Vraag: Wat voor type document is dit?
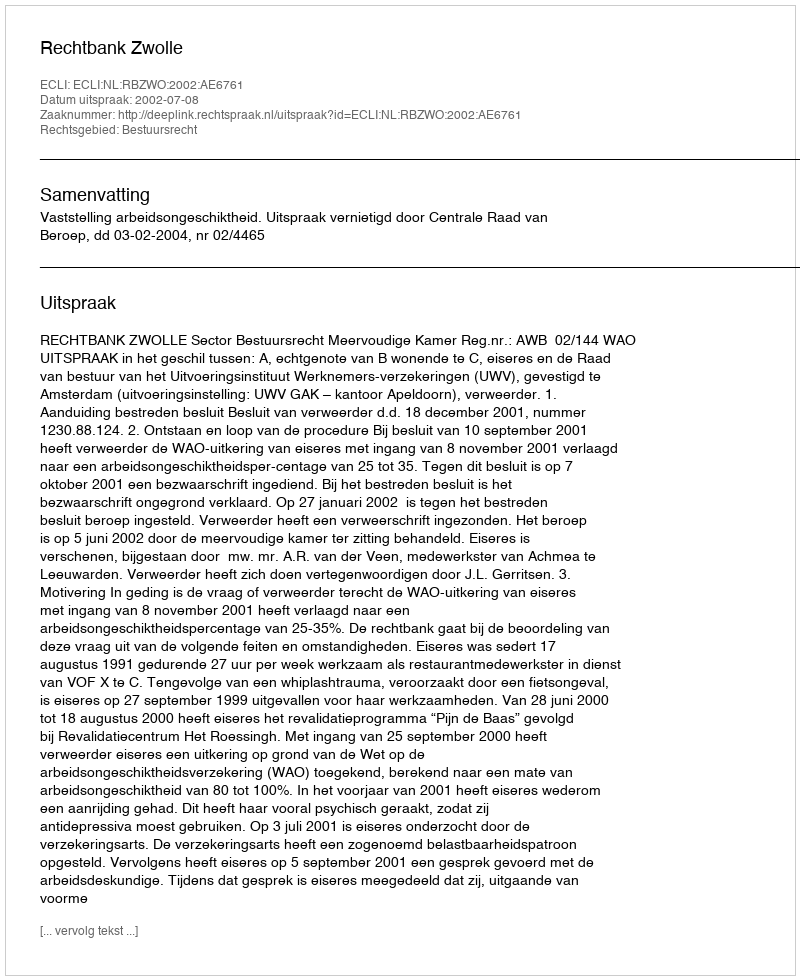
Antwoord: Uitspraak